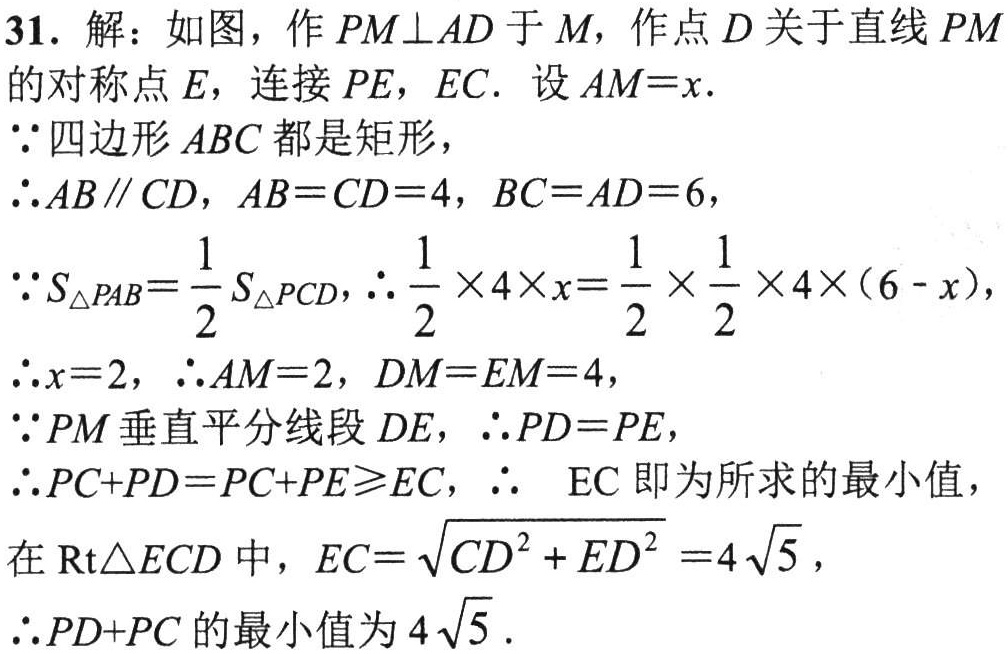
31. 解：如图，作 \(PM\perp AD\) 于 \(M\)，作点 \(D\) 关于直线 \(PM\) 的对称点 \(E\)，连接 \(PE\)，\(EC\). 设 \(AM = x\).
\(\because\) 四边形 \(ABC\) 都是矩形，
\(\therefore AB\parallel CD\)，\(AB = CD = 4\)，\(BC = AD = 6\)，
\(\because S_{\triangle PAB}=\frac{1}{2}S_{\triangle PCD}\)，\(\therefore\frac{1}{2}\times4\times x=\frac{1}{2}\times\frac{1}{2}\times4\times(6 - x)\)，
\(\therefore x = 2\)，\(\therefore AM = 2\)，\(DM = EM = 4\)，
\(\because PM\) 垂直平分线段 \(DE\)，\(\therefore PD = PE\)，
\(\therefore PC + PD=PC + PE\geqslant EC\)，\(\therefore\) \(EC\) 即为所求的最小值，
在 \(\text{Rt}\triangle ECD\) 中，\(EC = \sqrt{CD^{2}+ED^{2}} = 4\sqrt{5}\)，
\(\therefore PD + PC\) 的最小值为 \(4\sqrt{5}\).